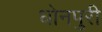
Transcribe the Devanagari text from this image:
धोनपुरी